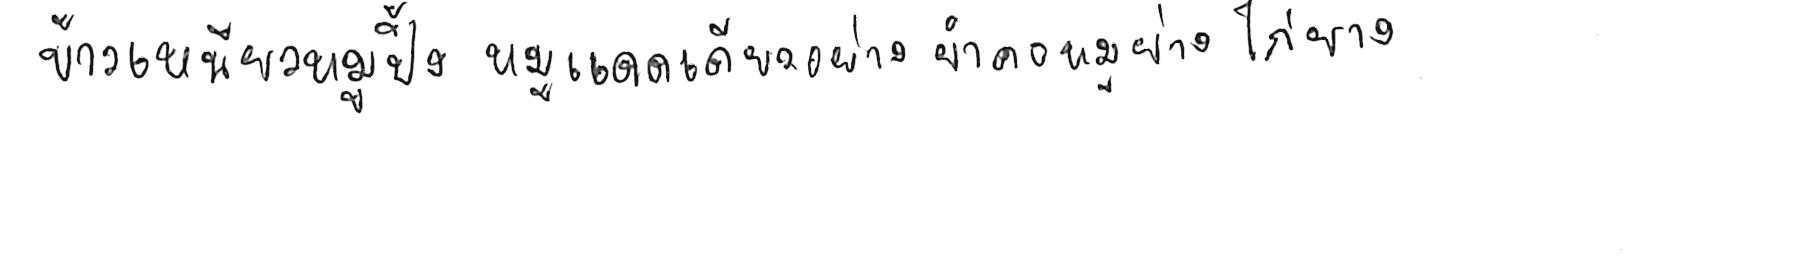
ข้าวเหนียวหมูปิ้ง หมูแดดเดียวย่าง ยำคอหมูย่าง ไก่ย่าง